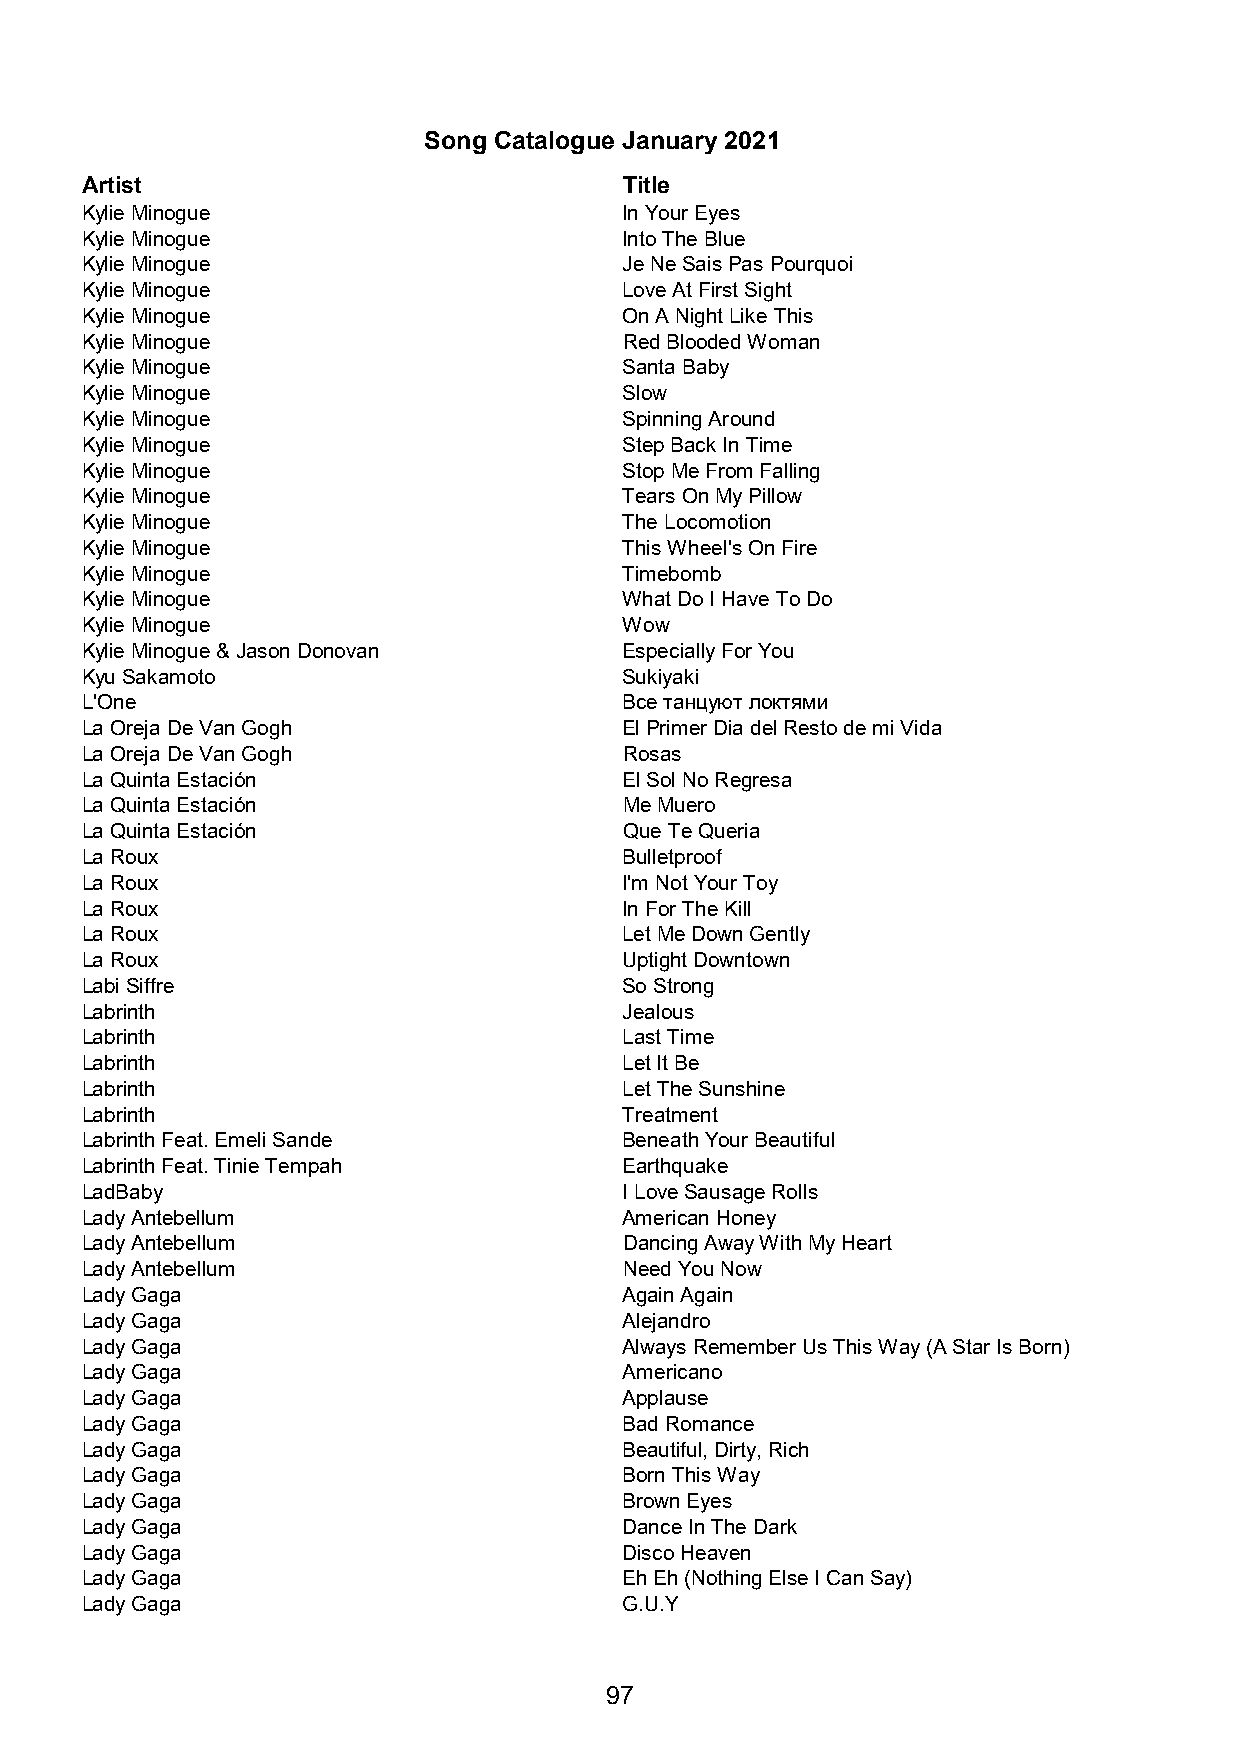
Song Catalogue January 2021
 Artist                              Title
 Kylie Minogue                       In Your Eyes
 Kylie Minogue                       Into The Blue
 Kylie Minogue                       Je Ne Sais Pas Pourquoi
 Kylie Minogue                       Love At First Sight
 Kylie Minogue                       On A Night Like This
 Kylie Minogue                       Red Blooded Woman
 Kylie Minogue                       Santa Baby
 Kylie Minogue                       Slow
 Kylie Minogue                       Spinning Around
 Kylie Minogue                       Step Back In Time
 Kylie Minogue                       Stop Me From Falling
 Kylie Minogue                       Tears On My Pillow
 Kylie Minogue                       The Locomotion
 Kylie Minogue                       This Wheel's On Fire
 Kylie Minogue                       Timebomb
 Kylie Minogue                       What Do I Have To Do
 Kylie Minogue                       Wow
 Kylie Minogue & Jason Donovan       Especially For You
 Kyu Sakamoto                        Sukiyaki
 L'One                               Все танцуют локтями
 La Oreja De Van Gogh                El Primer Dia del Resto de mi Vida
 La Oreja De Van Gogh                Rosas
 La Quinta Estación                  El Sol No Regresa
 La Quinta Estación                  Me Muero
 La Quinta Estación                  Que Te Queria
 La Roux                             Bulletproof
 La Roux                             I'm Not Your Toy
 La Roux                             In For The Kill
 La Roux                             Let Me Down Gently
 La Roux                             Uptight Downtown
 Labi Siffre                         So Strong
 Labrinth                            Jealous
 Labrinth                            Last Time
 Labrinth                            Let It Be
 Labrinth                            Let The Sunshine
 Labrinth                            Treatment
 Labrinth Feat. Emeli Sande          Beneath Your Beautiful
 Labrinth Feat. Tinie Tempah         Earthquake
 LadBaby                             I Love Sausage Rolls
 Lady Antebellum                     American Honey
 Lady Antebellum                     Dancing Away With My Heart
 Lady Antebellum                     Need You Now
 Lady Gaga                           Again Again
 Lady Gaga                           Alejandro
 Lady Gaga                           Always Remember Us This Way (A Star Is Born)
 Lady Gaga                           Americano
 Lady Gaga                           Applause
 Lady Gaga                           Bad Romance
 Lady Gaga                           Beautiful, Dirty, Rich
 Lady Gaga                           Born This Way
 Lady Gaga                           Brown Eyes
 Lady Gaga                           Dance In The Dark
 Lady Gaga                           Disco Heaven
 Lady Gaga                           Eh Eh (Nothing Else I Can Say)
 Lady Gaga                           G.U.Y
 97